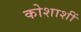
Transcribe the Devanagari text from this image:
कोशाशीं